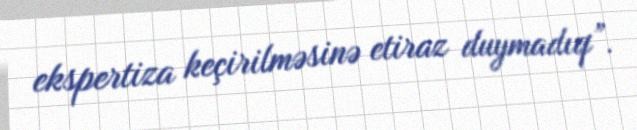
ekspertiza keçirilməsinə etiraz duymadıq”.